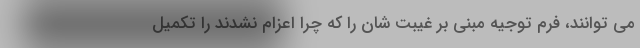
می توانند، فرم توجیه مبنی بر غیبت شان را که چرا اعزام نشدند را تکمیل